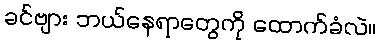
ခင်ဗျား ဘယ်နေရာတွေကို ထောက်ခံလဲ။